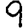
Digit: 9